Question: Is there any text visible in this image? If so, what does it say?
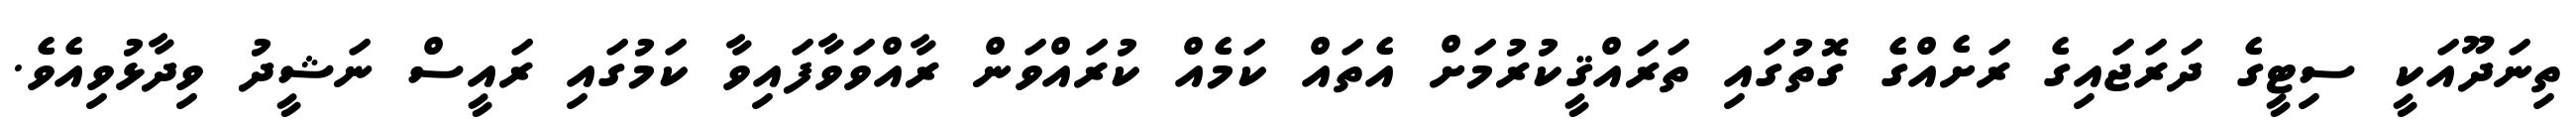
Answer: ތިނަދޫއަކީ ސިޓީގެ ދަރަޖައިގެ ރަށެއްގެ ގޮތުގައި ތަރައްޤީކުރުމަށް އެތައް ކަމެއް ކުރައްވަން ރާއްވަވާފައިވާ ކަމުގައި ރައީސް ނަޝީދު ވިދާޅުވިއެވެ.